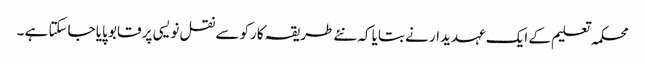
محکمہ تعلیم کے ایک عہدیدار نے بتایا کہ نئے طریقہ کارکو سے نقل نویسی پر قابو پایا جاسکتا ہے ۔